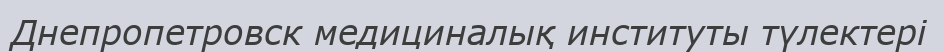
Днепропетровск медициналық институты түлектері